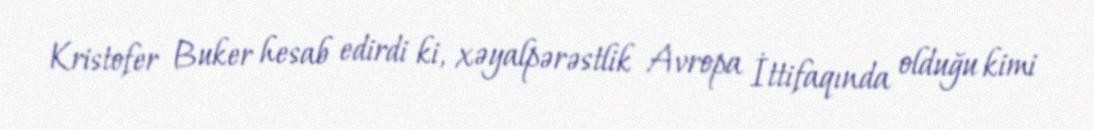
Kristofer Buker hesab edirdi ki, xəyalpərəstlik Avropa İttifaqında olduğu kimi